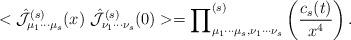
LaTeX: \begin{align*}<\hat{{\cal {J}}}_{\mu _{1}\cdots \mu _{s}}^{(s)}(x)~\hat{{\cal {J}}}_{\nu_{1}\cdots \nu _{s}}^{(s)}(0)>={\prod }_{\mu _{1}\cdots \mu _{s},\nu_{1}\cdots \nu _{s}}^{(s)}\left( {\frac{c_{s}(t)}{x^{4}}}\right) .\end{align*}